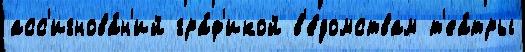
асс'игнова́н'ий гра́ф'икой в'е́домствам т'еа́тры